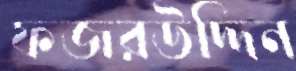
ফজরউদ্দিন